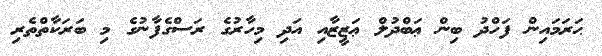
ޙަރަމައިން ފަހްދު ބިން ޢަބްދުލް ޢަޒީޒާއި އަދި މިހާރުގެ ރަސްގެފާނުގެ މި ބަރަކާތްތެރި